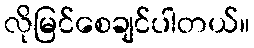
လိုမြင်စေချင်ပါတယ်။